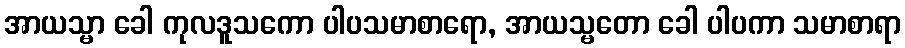
အာယသ္မာ ခေါ ကုလဒူသကော ပါပသမာစာရော, အာယသ္မတော ခေါ ပါပကာ သမာစာရာ